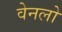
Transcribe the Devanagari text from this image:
वेनलो